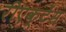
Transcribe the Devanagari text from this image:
रीएक्टेंस